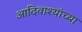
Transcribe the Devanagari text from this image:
आदिवाश्यांच्या